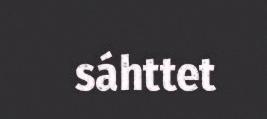
sáhttet